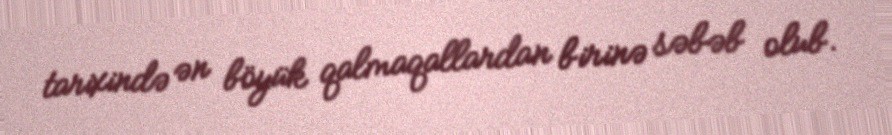
tarixində ən böyük qalmaqallardan birinə səbəb olub.